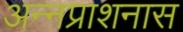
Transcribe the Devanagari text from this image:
अन्नप्राशनास